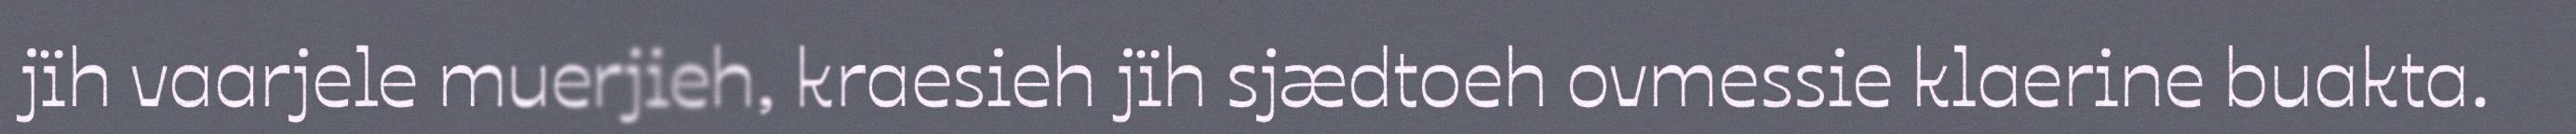
jïh vaarjele muerjieh, kraesieh jïh sjædtoeh ovmessie klaerine buakta.